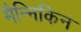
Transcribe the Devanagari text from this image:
मैन्निकिन